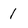
Character: 1